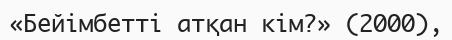
«Бейімбетті атқан кім?» (2000),